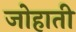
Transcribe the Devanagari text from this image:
जोहाती